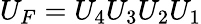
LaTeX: U_{F}=U_{4}U_{3}U_{2}U_{1}